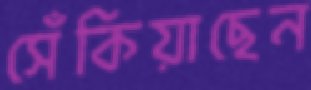
সেঁকিয়াছেন